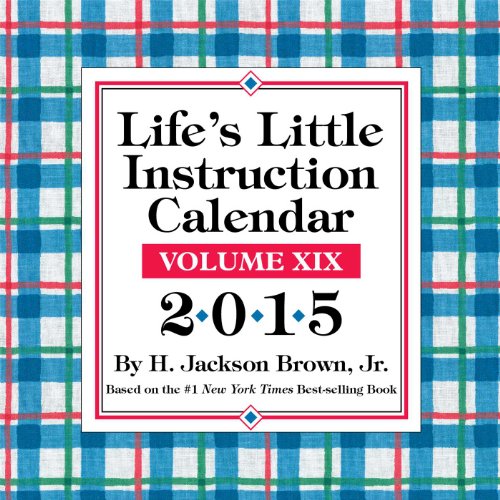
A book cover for Life's Little Instruction 2015 Day-to-Day Calendar: Volume XIX; H. Jackson Brown Jr.; Calendars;